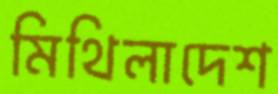
মিথিলাদেশ